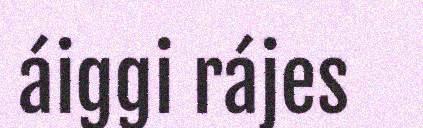
áiggi rájes